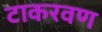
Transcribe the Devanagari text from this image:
टाकरवण